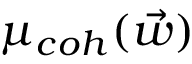
\mu _ { c o h } ( \vec { w } )